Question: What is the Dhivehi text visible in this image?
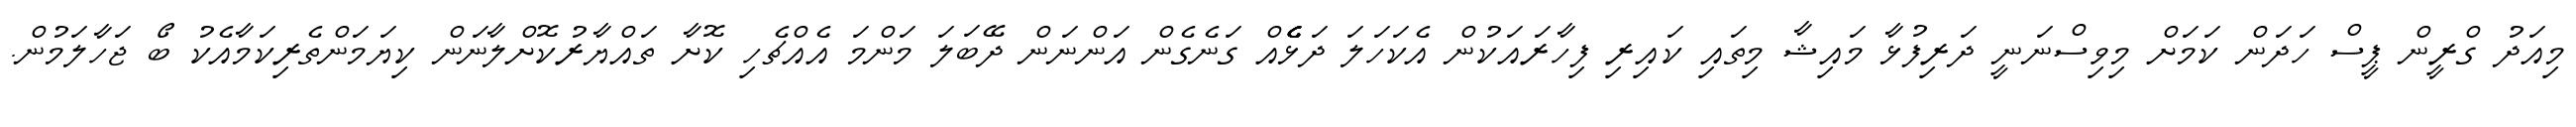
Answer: މިއަދު ގްރީން ޕީސް ހަދަން ކަމަށް މިވިސްނަނީ ދަރިފުޅާ މައިޝާ މިތައި ކައިރި ފިހާރައަކުން އެކަހަލަ ދަޅެެެެެއް ގަނެގެން އަންނަން ދޭބަލަ މަންމަ އެއްޗެހި ކޮށާ ތައްޔާރުކޮށްލާނަން ކިޔަމަންތެރިކަމާއެކު ބޯ ޖަހާލަމުން.